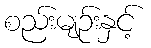
စည်းမျဉ်းနှင့်